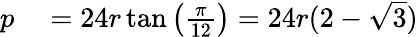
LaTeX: \begin{array}{rl}{p}&{{}=24r\tan\left({\frac{\pi}{12}}\right)=24r(2-{\sqrt{3}})}\end{array}